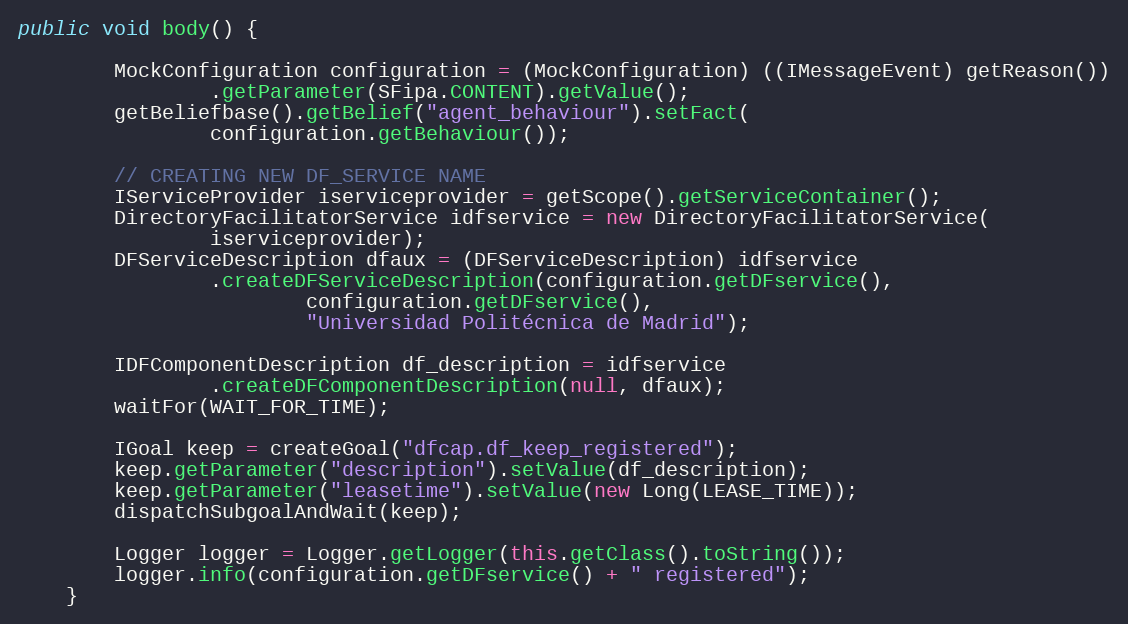
Language: Java
public void body() {

        MockConfiguration configuration = (MockConfiguration) ((IMessageEvent) getReason())
                .getParameter(SFipa.CONTENT).getValue();
        getBeliefbase().getBelief("agent_behaviour").setFact(
                configuration.getBehaviour());

        // CREATING NEW DF_SERVICE NAME
        IServiceProvider iserviceprovider = getScope().getServiceContainer();
        DirectoryFacilitatorService idfservice = new DirectoryFacilitatorService(
                iserviceprovider);
        DFServiceDescription dfaux = (DFServiceDescription) idfservice
                .createDFServiceDescription(configuration.getDFservice(),
                        configuration.getDFservice(),
                        "Universidad Politécnica de Madrid");

        IDFComponentDescription df_description = idfservice
                .createDFComponentDescription(null, dfaux);
        waitFor(WAIT_FOR_TIME);

        IGoal keep = createGoal("dfcap.df_keep_registered");
        keep.getParameter("description").setValue(df_description);
        keep.getParameter("leasetime").setValue(new Long(LEASE_TIME));
        dispatchSubgoalAndWait(keep);

        Logger logger = Logger.getLogger(this.getClass().toString());
        logger.info(configuration.getDFservice() + " registered");
    }